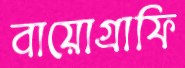
বায়োগ্রাফি